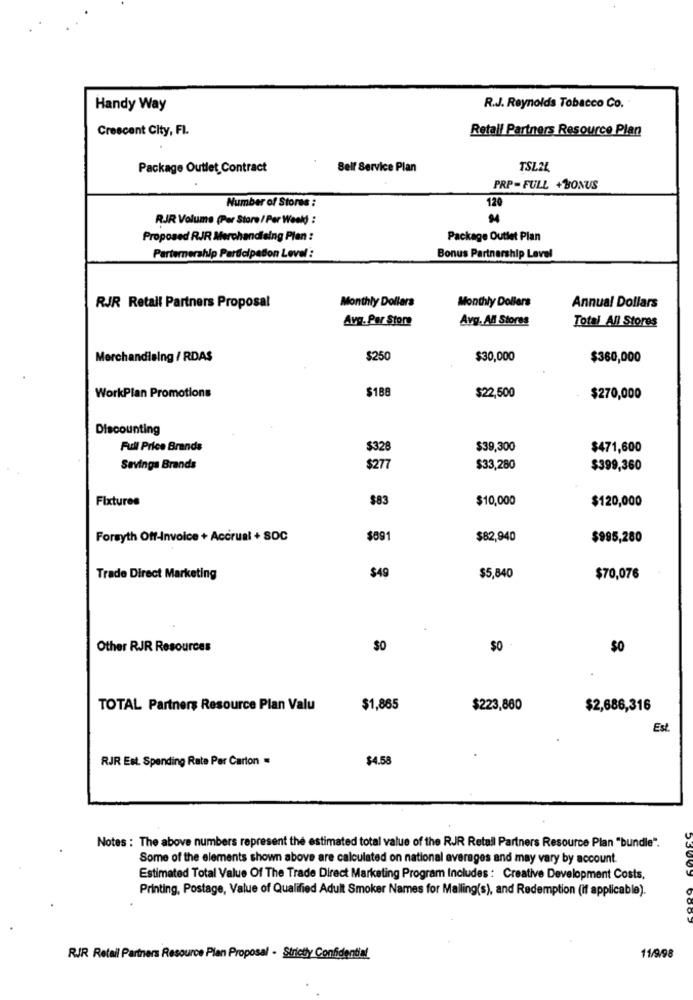
Handy Way
R.J. Reynolds Tobacco Co.
Crescent City, Fl.
Retall Partners Resource Plan
Package Outlet Contract
Self Service Plan
TSL2L
PRP-FULL +BONUS
120
Number of Stores :
RJR Volume (Per Store / Per Week) :
Proposed RJR Merchandising Plan :
Package Outlet Plan
Parternerahip Participation Level :
Bonus Partnership Level
Monthly Dollars
RJR Retail Partners Proposal
Monthly Dollars
Annual Dollars
Avg. Per Store
Avg. Al Stores
Total All Stores
Merchandising / RDAS
$250
$30,000
$360,000
WorkPlan Promotions
$188
$22,500
$270,000
Discounting
Full Price Brands
$328
$39,300
$471,600
Savings Brands
$277
$33,280
$399,360
Fixtures
$83
$10,000
$120,000
Forsyth Off-Invoice + Accrual + SOC
$091
$82,940
$995,280
$49
Trade Direct Marketing
$5,840
$70,076
Other RJR Resources
$0
$0
TOTAL Partners Resource Plan Valu
$1,865
$223,860
$2,686,316
Est
RJR Est. Spending Rate Par Carton =
$4.58
Notes : The above numbers represent the estimated total value of the RJR Retail Partners Resource Plan "bundle".
Some of the elements shown above are calculated on national averages and may vary by account.
5300.
Estimated Total Value Of The Trade Direct Marketing Program Includes : Creative Development Costs,
Printing, Postage, Value of Qualified Adult Smoker Names for Mailing(s), and Redemption (if applicable).
RIR Retail Partners Resource Plan Proposal - Strictly Confidential
11/9/98